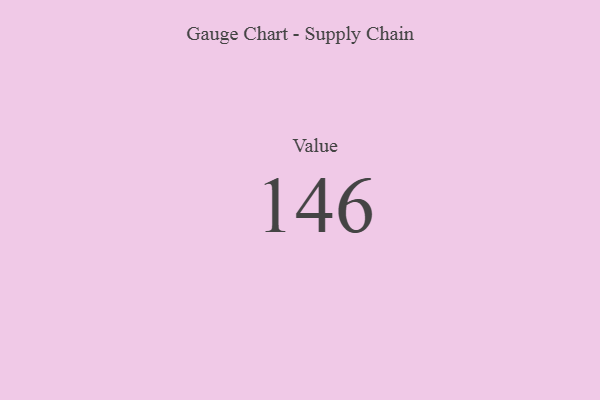
{"axis": {"x": "Metric", "y": "Value"}, "legend": [""], "data": [{"x": "Value", "y": 146, "type": ""}]}